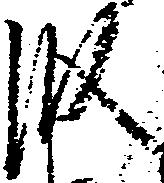
段